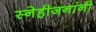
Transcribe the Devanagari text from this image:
स्नेहीजनांनी